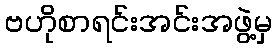
ဗဟိုစာရင်းအင်းအဖွဲ့မှ